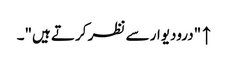
↑ "درودیوار سے نظر کرتے ہیں"۔